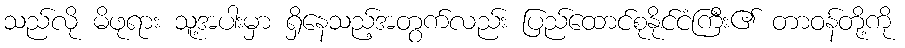
သည်လို မိဖုရား သူ့အပါးမှာ ရှိနေသည့်အတွက်လည်း ပြည်ထောင်စုနိုင်ငံကြီး၏ တာဝန်တို့ကို